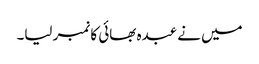
میں نے عبدہ بھائی کا نمبر لیا۔